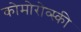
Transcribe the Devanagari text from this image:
कोमोरोव्स्की